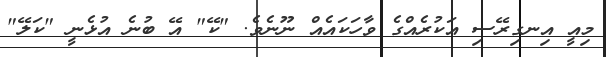
މިއީ އިނގިރޭސި އަކުރެއްގެ ވާހަކައެއް ނޫނެވެ. "ކޭ" އޭ ބުނެ އުޅެނީ "ކަލޭ"